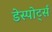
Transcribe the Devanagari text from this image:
डेस्पोर्ट्स